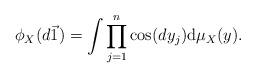
LaTeX: \begin{align*} \phi_X(d\vec{1})=\int\prod_{j=1}^n\cos (d y_j)\mathrm{d}\mu_X(y).\end{align*}